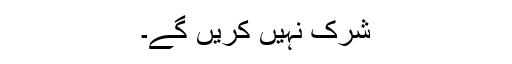
شرک نہیں کریں گے۔